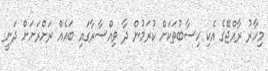
މިހާރު ރާއްޖޭގެ އެކި ހިސާބުތަކަށް ކުރަމުން ދާ ވިއްސާރާގައި ބައެއް ރަށްރަށަށް ދަނީ